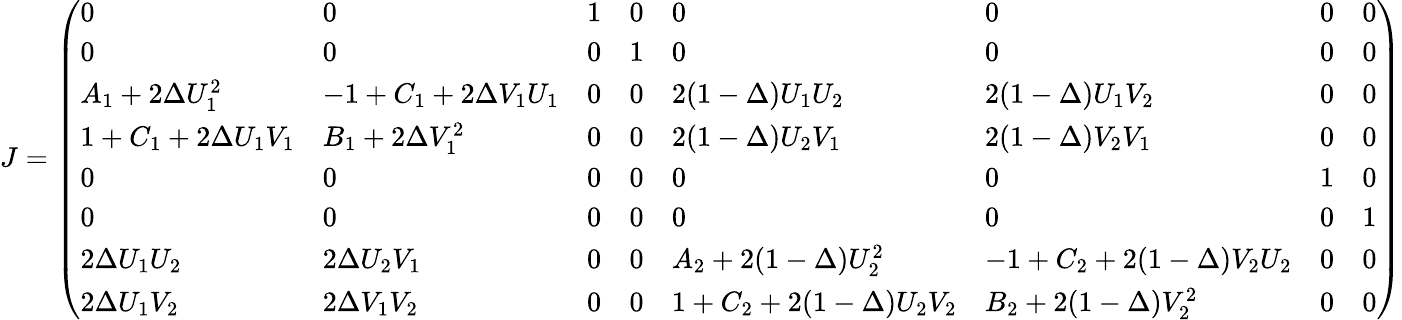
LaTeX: J=\left(\begin{array}{llllllll}{0}&{0}&{1}&{0}&{0}&{0}&{0}&{0}\\ {0}&{0}&{0}&{1}&{0}&{0}&{0}&{0}\\ {A_{1}+2\Delta U_{1}^{2}}&{-1+C_{1}+2\Delta V_{1}U_{1}}&{0}&{0}&{2(1-\Delta)U_{1}U_{2}}&{2(1-\Delta)U_{1}V_{2}}&{0}&{0}\\ {1+C_{1}+2\Delta U_{1}V_{1}}&{B_{1}+2\Delta V_{1}^{2}}&{0}&{0}&{2(1-\Delta)U_{2}V_{1}}&{2(1-\Delta)V_{2}V_{1}}&{0}&{0}\\ {0}&{0}&{0}&{0}&{0}&{0}&{1}&{0}\\ {0}&{0}&{0}&{0}&{0}&{0}&{0}&{1}\\ {2\Delta U_{1}U_{2}}&{2\Delta U_{2}V_{1}}&{0}&{0}&{A_{2}+2(1-\Delta)U_{2}^{2}}&{-1+C_{2}+2(1-\Delta)V_{2}U_{2}}&{0}&{0}\\ {2\Delta U_{1}V_{2}}&{2\Delta V_{1}V_{2}}&{0}&{0}&{1+C_{2}+2(1-\Delta)U_{2}V_{2}}&{B_{2}+2(1-\Delta)V_{2}^{2}}&{0}&{0}\end{array}\right)